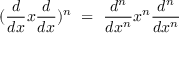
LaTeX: ( { \frac { d } { d x } } x { \frac { d } { d x } } ) ^ { n } \ = \ { \frac { d ^ { n } } { d x ^ { n } } } x ^ { n } { \frac { d ^ { n } } { d x ^ { n } } }